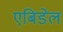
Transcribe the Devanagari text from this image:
एबिडेल